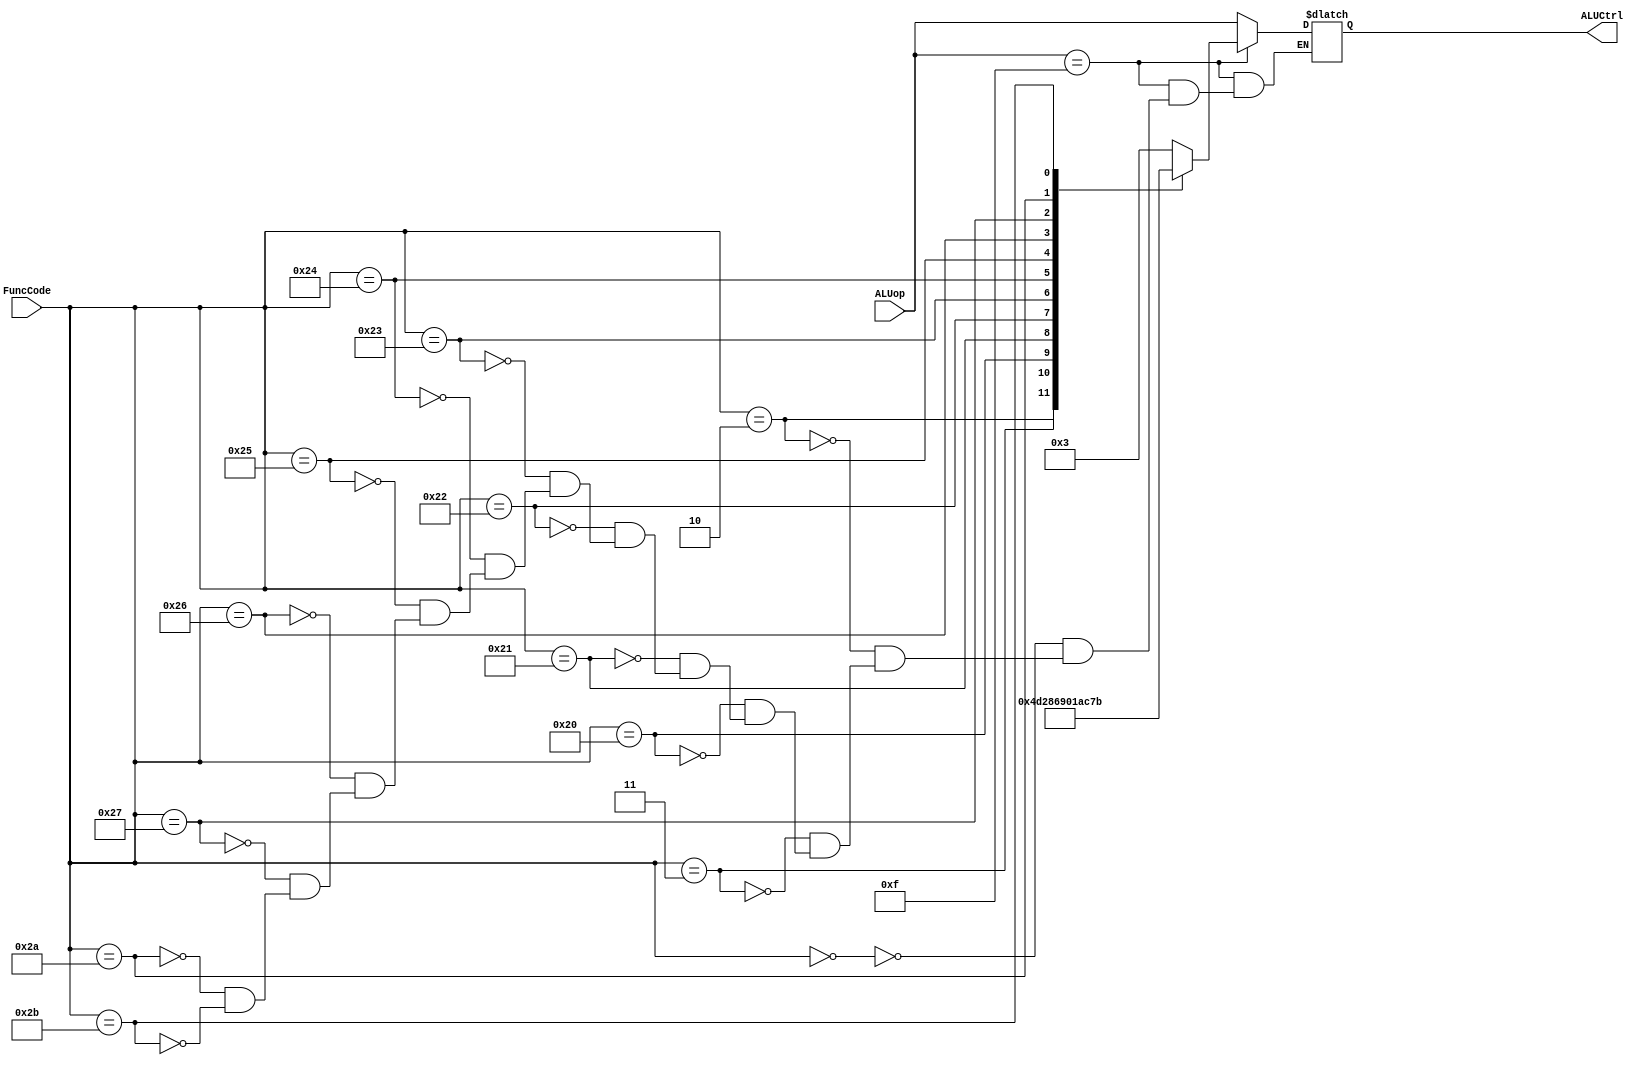
`timescale 1ns / 1ps
module ALUControl (ALUCtrl, ALUop, FuncCode);
	input [3:0] ALUop;
	input [5:0] FuncCode; 
	output reg [3:0] ALUCtrl; 
	
always @ (*)
begin
if(ALUop==4'b1111)
	begin
		case(FuncCode)
			6'b000000 :ALUCtrl = #2 4'b0011; 
			6'b000010 :ALUCtrl = #2 4'b0100; 
			6'b000011 :ALUCtrl = #2 4'b1101; 
			6'b100000 :ALUCtrl = #2 4'b0010; 
			6'b100001 :ALUCtrl = #2 4'b1000; 
			6'b100010 :ALUCtrl = #2 4'b0110; 
			6'b100011 :ALUCtrl = #2 4'b1001; 
			6'b100100 :ALUCtrl = #2 4'b0000; 
			6'b100101 :ALUCtrl = #2 4'b0001; 
			6'b100110 :ALUCtrl = #2 4'b1010; 
			6'b100111 :ALUCtrl = #2 4'b1100; 
			6'b101010 :ALUCtrl = #2 4'b0111; 
			6'b101011 :ALUCtrl = #2 4'b1011; 
		endcase
	end
else 
	ALUCtrl = #2 ALUop;
end
endmodule